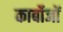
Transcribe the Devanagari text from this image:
कार्बोजों